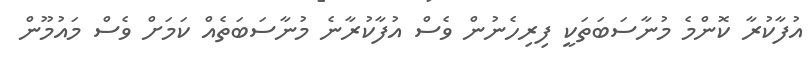
އުފާކުރާ ކޮންމެ މުނާސަބަތަކީ ފިރިހެނުން ވެސް އުފާކުރާނެ މުނާސަބަތެއް ކަމަށް ވެސް މައުމޫން